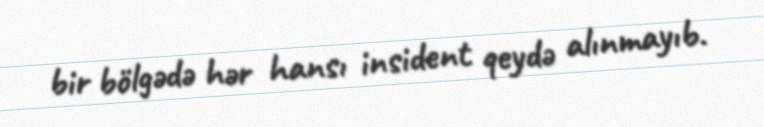
bir bölgədə hər hansı insident qeydə alınmayıb.